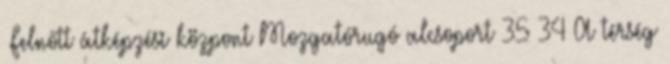
▪Felnőtt átképzési központ Mozgatórugó alcsoport 35 34 A térség